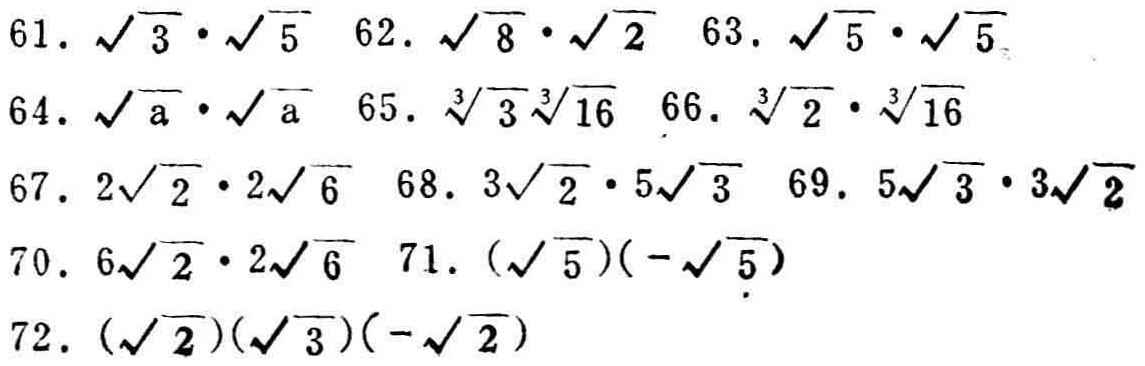
61. $\sqrt{3}\cdot\sqrt{5}$
62. $\sqrt{8}\cdot\sqrt{2}$
63. $\sqrt{5}\cdot\sqrt{5}$
64. $\sqrt{a}\cdot\sqrt{a}$
65. $\sqrt[3]{3}\sqrt[3]{16}$
66. $\sqrt[3]{2}\cdot\sqrt[3]{16}$
67. $2\sqrt{2}\cdot2\sqrt{6}$
68. $3\sqrt{2}\cdot5\sqrt{3}$
69. $5\sqrt{3}\cdot3\sqrt{2}$
70. $6\sqrt{2}\cdot2\sqrt{6}$
71. $(\sqrt{5})(-\sqrt{5})$
72. $(\sqrt{2})(\sqrt{3})(-\sqrt{2})$